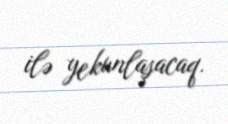
ilə yekunlaşacaq.